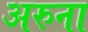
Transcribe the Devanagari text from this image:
अरुना